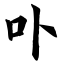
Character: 卟